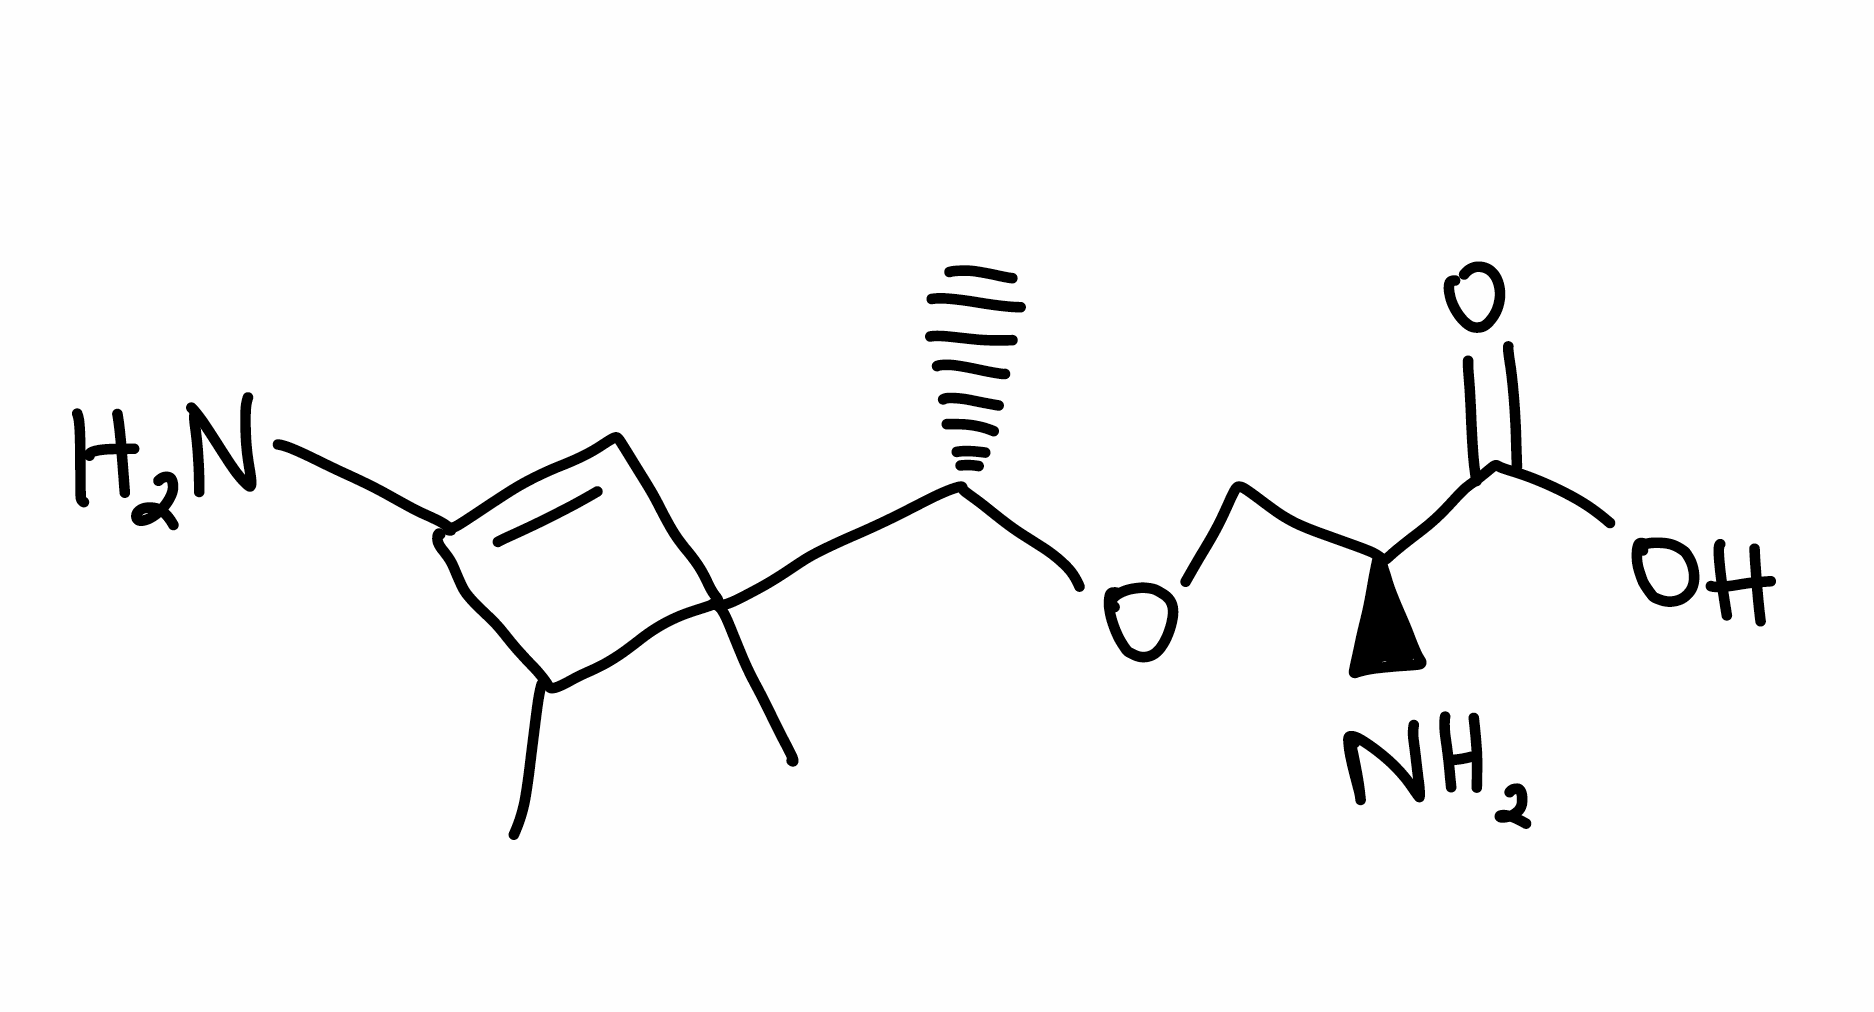
Simplified molecular-input line-entry system (SMILES) notation of the given molecule:
CC1C(=CC1(C)[C@H](C)OC[C@@H](C(=O)O)N)N